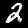
Digit: 2